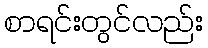
စာရင်းတွင်လည်း